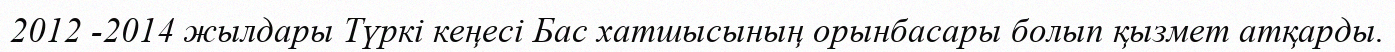
2012 -2014 жылдары Түркі кеңесі Бас хатшысының орынбасары болып қызмет атқарды.